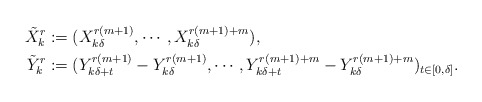
\begin{align*}\tilde X_k^r &:= (X_{k\delta}^{r(m+1)},\cdots,X_{k\delta}^{r(m+1)+m}),\\\tilde Y_k^r &:= (Y_{k\delta+t}^{r(m+1)}-Y_{k\delta}^{r(m+1)},\cdots,Y_{k\delta+t}^{r(m+1)+m}-Y_{k\delta}^{r(m+1)+m})_{t\in[0,\delta]}.\end{align*}